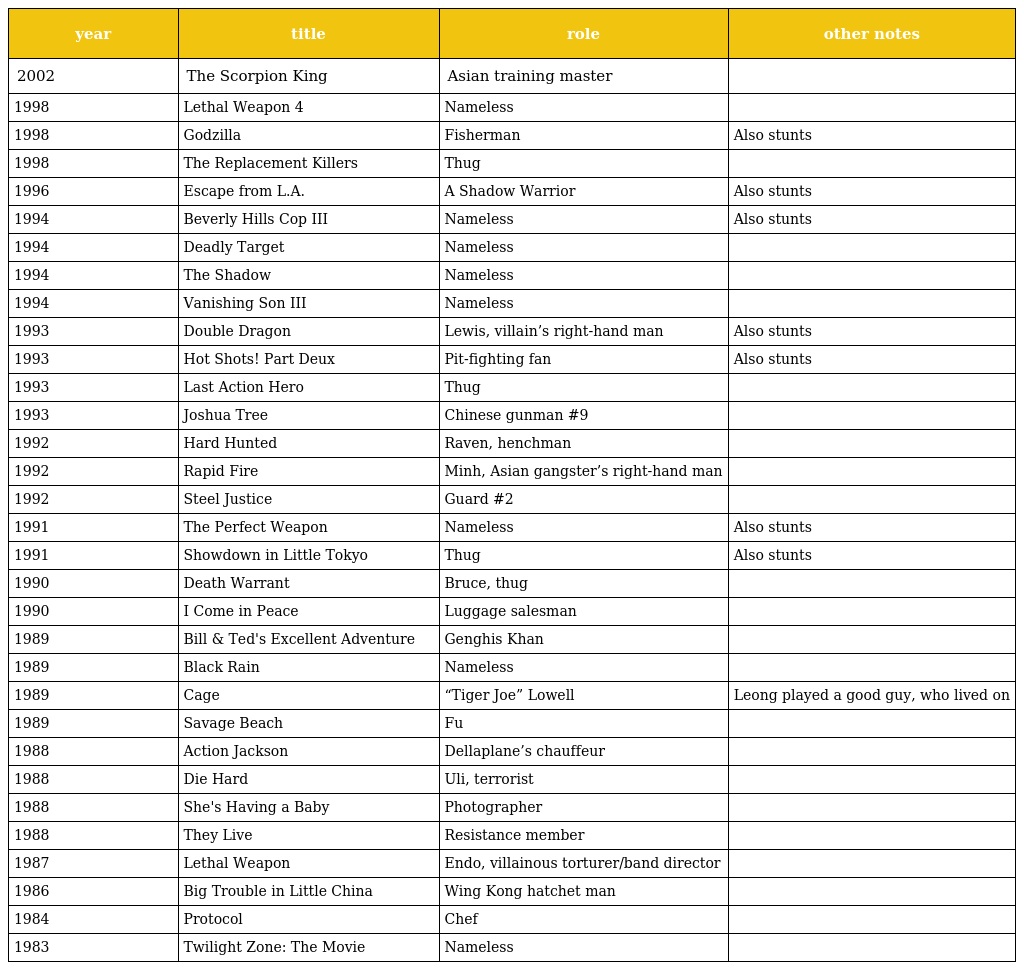
| year | title | role | other notes |
 | --- | --- | --- | --- |
 | 2002 | The Scorpion King | Asian training master |  |
 | 1998 | Lethal Weapon 4 | Nameless |  |
 | 1998 | Godzilla | Fisherman | Also stunts |
 | 1998 | The Replacement Killers | Thug |  |
 | 1996 | Escape from L.A. | A Shadow Warrior | Also stunts |
 | 1994 | Beverly Hills Cop III | Nameless | Also stunts |
 | 1994 | Deadly Target | Nameless |  |
 | 1994 | The Shadow | Nameless |  |
 | 1994 | Vanishing Son III | Nameless |  |
 | 1993 | Double Dragon | Lewis, villain’s right-hand man | Also stunts |
 | 1993 | Hot Shots! Part Deux | Pit-fighting fan | Also stunts |
 | 1993 | Last Action Hero | Thug |  |
 | 1993 | Joshua Tree | Chinese gunman #9 |  |
 | 1992 | Hard Hunted | Raven, henchman |  |
 | 1992 | Rapid Fire | Minh, Asian gangster’s right-hand man |  |
 | 1992 | Steel Justice | Guard #2 |  |
 | 1991 | The Perfect Weapon | Nameless | Also stunts |
 | 1991 | Showdown in Little Tokyo | Thug | Also stunts |
 | 1990 | Death Warrant | Bruce, thug |  |
 | 1990 | I Come in Peace | Luggage salesman |  |
 | 1989 | Bill & Ted's Excellent Adventure | Genghis Khan |  |
 | 1989 | Black Rain | Nameless |  |
 | 1989 | Cage | “Tiger Joe” Lowell | Leong played a good guy, who lived on |
 | 1989 | Savage Beach | Fu |  |
 | 1988 | Action Jackson | Dellaplane’s chauffeur |  |
 | 1988 | Die Hard | Uli, terrorist |  |
 | 1988 | She's Having a Baby | Photographer |  |
 | 1988 | They Live | Resistance member |  |
 | 1987 | Lethal Weapon | Endo, villainous torturer/band director |  |
 | 1986 | Big Trouble in Little China | Wing Kong hatchet man |  |
 | 1984 | Protocol | Chef |  |
 | 1983 | Twilight Zone: The Movie | Nameless |  |